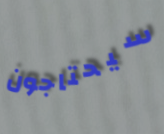
سيحتاجون